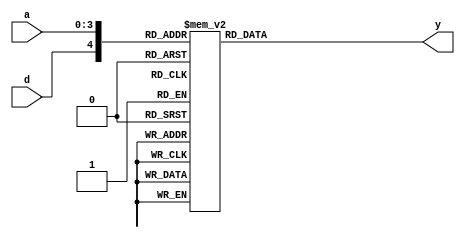
//////////////////////////////////////////////////
// sBox
//
module  sbox  ( a , d , y ) ;


input   [0:3]  a ;  // 4-bit input
input          d ;  // Decryption enable

output  [0:3]  y ;  // 4-bit output

reg     [0:3]  y ;  // 4-bit output

// Output
always  @ ( * )
  case  ( { d , a } )
    5'h00  :  y  =  4'hB ;
    5'h01  :  y  =  4'hF ;
    5'h02  :  y  =  4'h3 ;
    5'h03  :  y  =  4'h2 ;
    5'h04  :  y  =  4'hA ;
    5'h05  :  y  =  4'hC ;
    5'h06  :  y  =  4'h9 ;
    5'h07  :  y  =  4'h1 ;
    5'h08  :  y  =  4'h6 ;
    5'h09  :  y  =  4'h7 ;
    5'h0A  :  y  =  4'h8 ;
    5'h0B  :  y  =  4'h0 ;
    5'h0C  :  y  =  4'hE ;
    5'h0D  :  y  =  4'h5 ;
    5'h0E  :  y  =  4'hD ;
    5'h0F  :  y  =  4'h4 ;
    5'h10  :  y  =  4'hB ;
    5'h11  :  y  =  4'h7 ;
    5'h12  :  y  =  4'h3 ;
    5'h13  :  y  =  4'h2 ;
    5'h14  :  y  =  4'hF ;
    5'h15  :  y  =  4'hD ;
    5'h16  :  y  =  4'h8 ;
    5'h17  :  y  =  4'h9 ;
    5'h18  :  y  =  4'hA ;
    5'h19  :  y  =  4'h6 ;
    5'h1A  :  y  =  4'h4 ;
    5'h1B  :  y  =  4'h0 ;
    5'h1C  :  y  =  4'h5 ;
    5'h1D  :  y  =  4'hE ;
    5'h1E  :  y  =  4'hC ;
    5'h1F  :  y  =  4'h1 ;
  endcase


endmodule